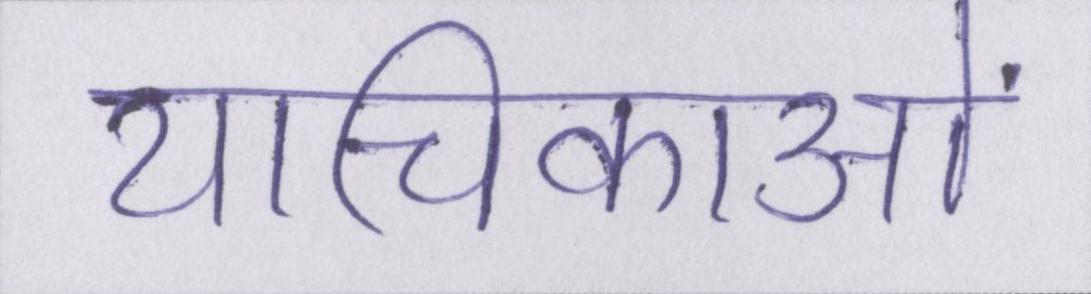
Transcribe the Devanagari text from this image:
याचिकाओं